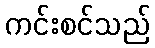
ကင်းစင်သည်